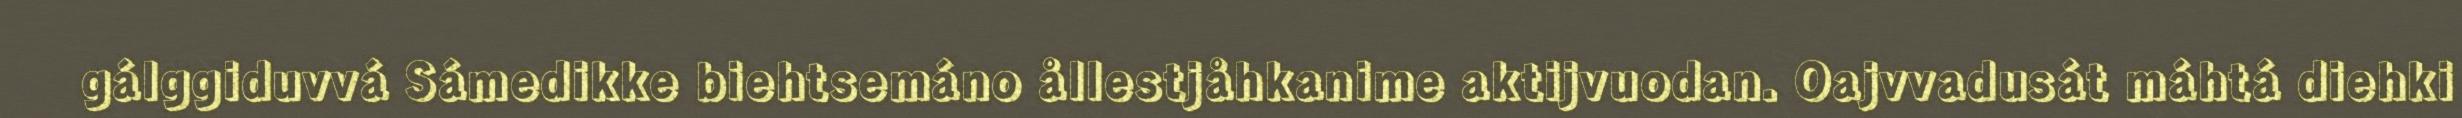
gálggiduvvá Sámedikke biehtsemáno ållestjåhkanime aktijvuodan. Oajvvadusát máhtá diehki